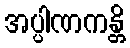
အပ္ပါဏကန္တိ